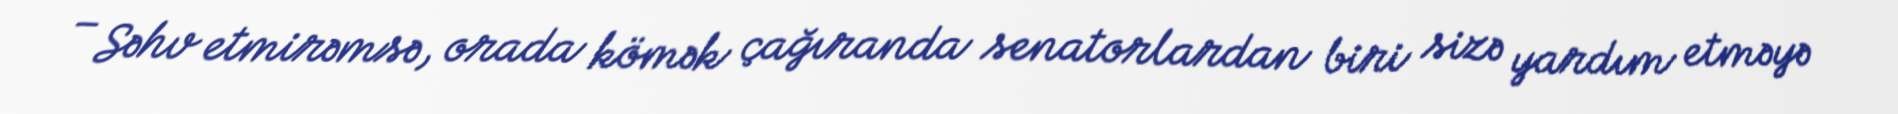
– Səhv etmirəmsə, orada kömək çağıranda senatorlardan biri sizə yardım etməyə